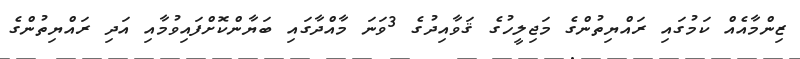
ޒިންމާއެއް ކަމުގައި ރައްޔިތުންގެ މަޖިލީހުގެ ޤަވާއިދުގެ 3ވަނަ މާއްދާގައި ބަޔާންކޮށްފައިވުމާއި އަދި ރައްޔިތުންގެ